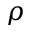
\rho